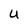
Character: U